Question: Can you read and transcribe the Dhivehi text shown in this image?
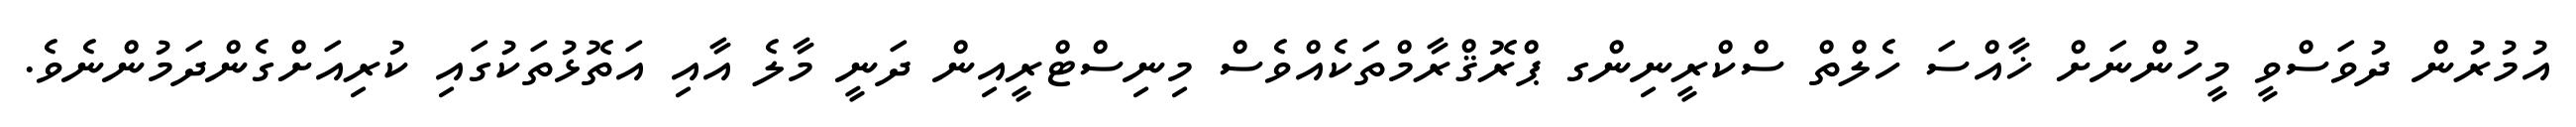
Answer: އުމުރުން ދުވަސްވީ މީހުންނަށް ޚާއްސަ ހެލްތް ސްކްރީނިންގ ޕްރޮޤްރާމްތަކެއްވެސް މިނިސްޓްރީއިން ދަނީ މާލެ އާއި އަތޮޅުތަކުގައި ކުރިއަށްގެންދަމުންނެވެ.